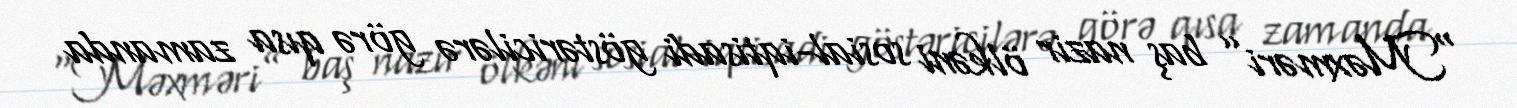
“Məxməri” baş nazir ölkəni sosial-iqtisadi göstəricilərə görə qısa zamanda